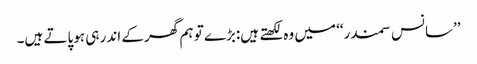
’’سانس سمندر‘‘ میں وہ لکھتے ہیں:بڑے تو ہم گھر کے اندر ہی ہوپاتے ہیں۔